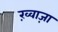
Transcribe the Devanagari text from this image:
ख़्वाज़ा